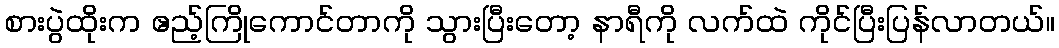
စားပွဲထိုးက ဧည့်ကြိုကောင်တာကို သွားပြီးတော့ နာရီကို လက်ထဲ ကိုင်ပြီးပြန်လာတယ်။